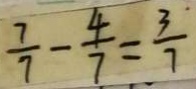
\frac { 7 } { 7 } - \frac { 4 } { 7 } = \frac { 3 } { 7 }